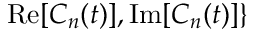
\mathrm { R e } [ C _ { n } ( t ) ] , \mathrm { I m } [ C _ { n } ( t ) ] \}